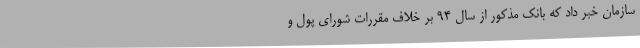
سازمان خبر داد که بانک مذکور از سال ۹۴ بر خلاف مقررات شورای پول و